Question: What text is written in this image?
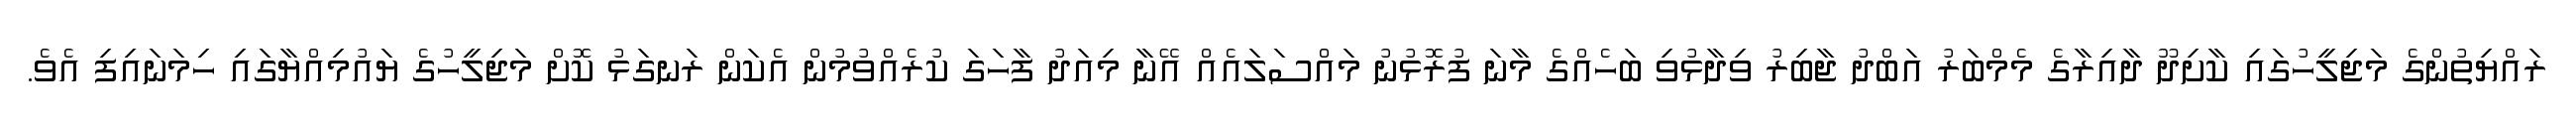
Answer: ރައްޔިތުންގެ މަޖިލީހުގައި ކާށިދޫ ދާއިރާގެ މެމްބަރު އަބްދު ޖާބިރު ވިދާޅުވި ބަހެއްގެ މާނަ ފުރޮޅުނު މައްސަލައެއް އޭނާ މިއަދު ފާހަގަ ކުރެއްވުމުން އެކަން ރަނގަޅު ކޮށް މަޖިލީހުގެ ޔައުމިއްޔާގައި ހިމަނައިފި އެވެ.